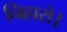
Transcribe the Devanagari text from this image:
निहारो।